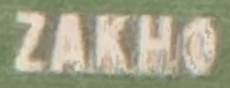
ZAKHO